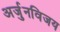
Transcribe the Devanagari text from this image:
अर्जुनविजय